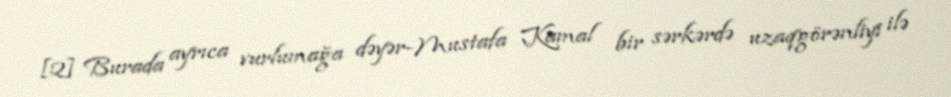
[2] Burada ayrıca vurlumağa dəyər-Mustafa Kamal bir sərkərdə uzaqgörənliyi ilə